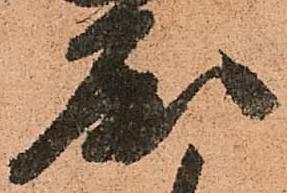
屈